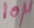
Text: 10µ